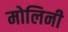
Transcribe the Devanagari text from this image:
मोलिनी